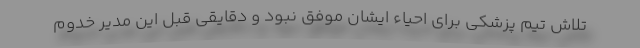
تلاش تیم پزشکی برای احیاء ایشان موفق نبود و دقایقی قبل این مدیر خدوم